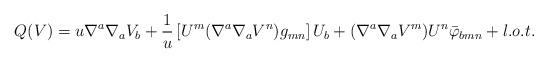
LaTeX: \begin{align*}&Q(V)=u\nabla^a\nabla_{a}V_{b}+\frac{1}{u}\left[{U^m(\nabla^a\nabla_{a}V^n)g_{mn}} \right]U_{b}+(\nabla^a\nabla_{a}V^m)U^n\bar{\varphi}_{bmn}+l.o.t.\end{align*}